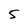
Character: 5